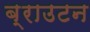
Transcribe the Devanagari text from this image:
ब्राउटन